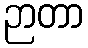
ဉာတာ